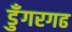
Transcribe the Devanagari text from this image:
डुँगरगढ